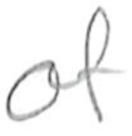
Text: of
Cross-out: clean
Writing tool: pencil